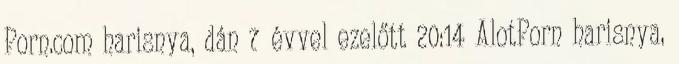
Porn.com harisnya, dán 7 évvel ezelőtt 20:14 AlotPorn harisnya,